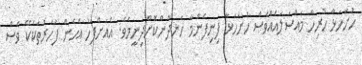
ހުށަހަޅާ ހުރިހާ މައްސަލައެއްވެސް ހުށަހަޅާ ފިނިފެންމާ ހަނދާންކޮށްދިނީމެވެ. އެއަށްފަހު އެހެން ފަހަރުތަކެކޭ ވެސް